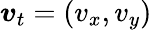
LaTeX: \boldsymbol{v}_{t}=(v_{x},v_{y})